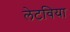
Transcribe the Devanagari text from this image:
लेटविया